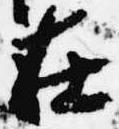
在